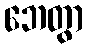
ဘေတွာ